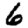
Digit: 6